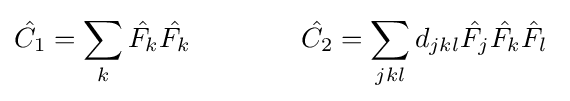
{\hat {C_{1}}}=\sum _{k}{\hat {F_{k}}}{\hat {F_{k}}}\qquad \qquad {\hat {C_{2}}}=\sum _{jkl}d_{jkl}{\hat {F_{j}}}{\hat {F_{k}}}{\hat {F_{l}}}~